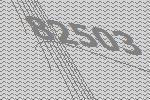
82503